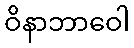
ဝိနာဘာဝေါ